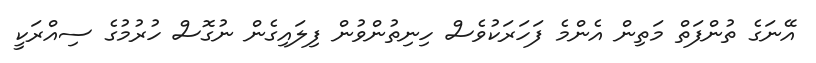
އޭނަގެ ތުންފަތް މަތިން އެންމެ ފަހަރަކުވެސް ހިނިތުންވުން ފިލައިގެން ނުގޮސް ހުރުމުގެ ސިއްރަކީ